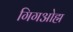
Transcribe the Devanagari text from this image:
गिगओह्म